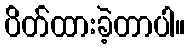
ပိတ်ထားခဲ့တာပါ။